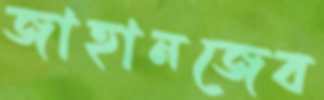
জাহানজেব